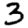
Digit: 3